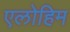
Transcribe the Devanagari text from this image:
एलोहिम